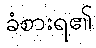
ခံစားရ၏